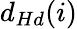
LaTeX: d_{Hd}(i)